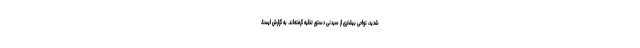
شدید، نواحی بیشتری از سیدنی دستور تخلیه گرفته‌اند. به گزارش ایسنا،